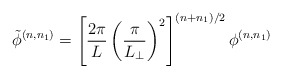
\begin{align*}\tilde{\phi}^{(n,n_1)}=\left[\frac{2\pi}{L} \left(\frac{\pi}{L_\perp}\right)^2\right]^{(n+n_1)/2}\phi^{(n,n_1)}\end{align*}